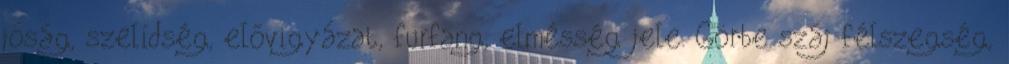
jóság, szelídség, elővigyázat, furfang, elmésség jele. Görbe száj félszegség,